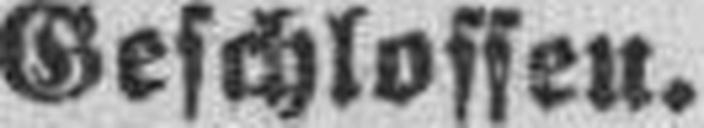
Geschlossen.